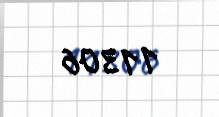
11306